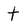
Character: t